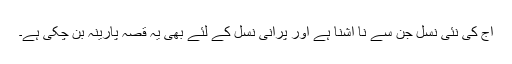
آج کی نئی نسل جن سے نا آشنا ہے اور پرانی نسل کے لئے بھی یہ قصہ پارینہ بن چکی ہے۔